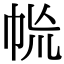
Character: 㡃